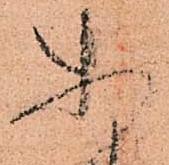
あ